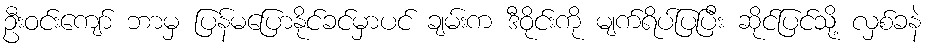
ဦးဝင်းကျော် ဘာမှ ပြန်မပြောနိုင်ခင်မှာပင် ချမ်းက ဒီဝိုင်းကို မျက်ရိပ်ပြပြီး ဆိုင်ပြင်သို့ လှစ်ခနဲ